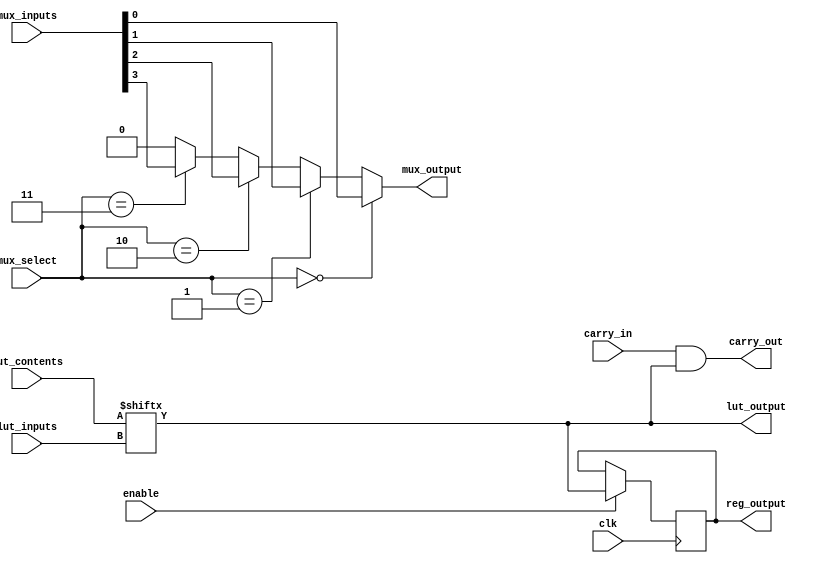
module CLB (
    input  wire [3:0] lut_inputs,     // Inputs to the LUT
    input  wire [15:0] lut_contents,   // 16 possible output values for 4-input LUT
    input  wire [3:0] mux_select,      // Selector for MUX
    input  wire [3:0] mux_inputs,       // Inputs to the MUX
    input  wire carry_in,               // Input for carry logic
    input  wire clk,                    // Clock input for registers
    input  wire enable,                 // Enable signal
    output wire lut_output,             // Output of the LUT
    output wire mux_output,             // Output of the MUX
    output reg carry_out,               // Output of carry logic
    output reg reg_output                // Register output
);

    // LUT Implementation
    assign lut_output = lut_contents[lut_inputs]; // Output based on LUT contents

    // MUX Implementation
    assign mux_output = (mux_select == 4'b0000) ? mux_inputs[0] :
                        (mux_select == 4'b0001) ? mux_inputs[1] :
                        (mux_select == 4'b0010) ? mux_inputs[2] :
                        (mux_select == 4'b0011) ? mux_inputs[3] :
                        1'b0; // Default case

    // Carry Logic (simple example of binary addition)
    always @(*) begin
        carry_out = carry_in & lut_output; // Carry out based on a simple logic
    end

    // Basic Register Implementation
    always @(posedge clk) begin
        if (enable) begin
            reg_output <= lut_output; // Store LUT output in a register when enabled
        end
    end

endmodule